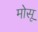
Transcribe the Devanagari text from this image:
मोसू